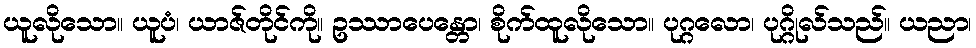
ယူလိုသော။ ယူပံ၊ ယာဇ်တိုင်ကို။ ဥဿာပေန္တော၊ စိုက်ထူလိုသော။ ပုဂ္ဂလော၊ ပုဂ္ဂိုလ်သည်။ ယညာ၊